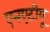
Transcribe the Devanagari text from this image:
एनएटीयू